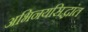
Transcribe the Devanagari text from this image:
अभिनयसिद्धांत